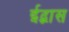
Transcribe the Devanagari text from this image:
ईद्भास